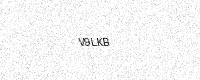
Text: V9LKB